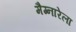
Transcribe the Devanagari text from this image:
मैग्नारेला